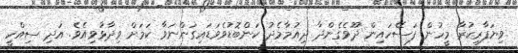
ވިޔަފާރިކުރާ މީހުން ފަސޭހައިން ދޫވެގެންދާ ދިއުމާމެދު ކަންބޮޑުވެވަޑައިގަންނަވާ ކަމަށް ވިދާޅުވިއެވެ. އަދި ސިއްހީ